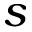
s